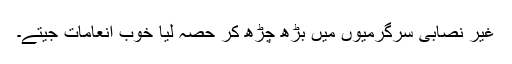
غیر نصابی سرگرمیوں میں بڑھ چڑھ کر حصہ لیا خوب انعامات جیتے۔